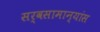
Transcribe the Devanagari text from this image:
सर्वसामान्यांस